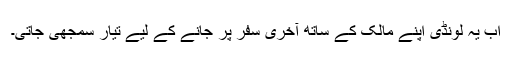
اب یہ لونڈی اپنے مالک کے ساتھ آخری سفر پر جانے کے لیے تیار سمجھی جاتی۔